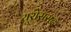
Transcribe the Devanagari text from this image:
यूरोसंसद